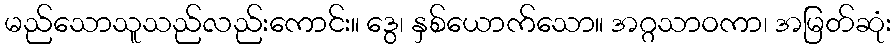
မည်သောသူသည်လည်းကောင်း။ ဒွေ၊ နှစ်ယောက်သော။ အဂ္ဂသာဝကာ၊ အမြတ်ဆုံး